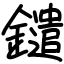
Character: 鑓